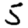
Digit: 5